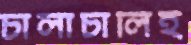
চালাচালিই